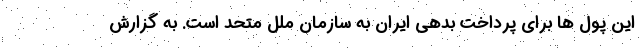
این پول ها برای پرداخت بدهی ایران به سازمان ملل متحد است. به گزارش